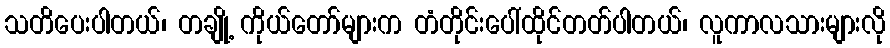
သတိပေးပါတယ်၊ တချို့ ကိုယ်တော်များက တံတိုင်းပေါ်ထိုင်တတ်ပါတယ်၊ လူကာလသားများလို